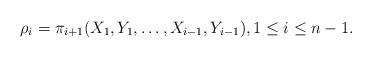
\begin{align*}\rho_i=\pi_{i+1}(X_1,Y_1,\dots,X_{i-1},Y_{i-1}), 1\le i\le n-1.\end{align*}